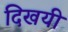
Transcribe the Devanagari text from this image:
दिखयी